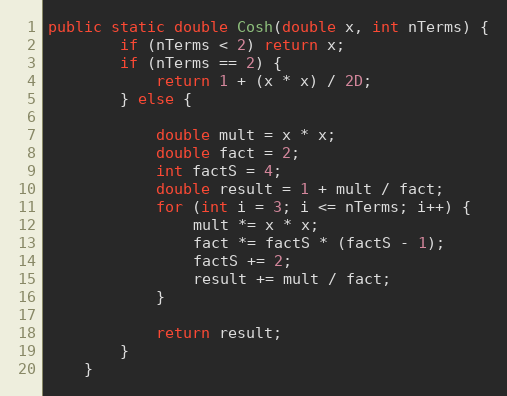
Language: Java
public static double Cosh(double x, int nTerms) {
        if (nTerms < 2) return x;
        if (nTerms == 2) {
            return 1 + (x * x) / 2D;
        } else {

            double mult = x * x;
            double fact = 2;
            int factS = 4;
            double result = 1 + mult / fact;
            for (int i = 3; i <= nTerms; i++) {
                mult *= x * x;
                fact *= factS * (factS - 1);
                factS += 2;
                result += mult / fact;
            }

            return result;
        }
    }